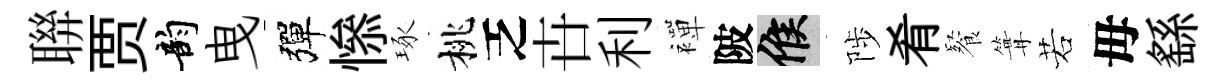
聨贾韵曳彈𢡖琢桃乏卋利襌陂候陟肴餐篝若母繇